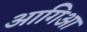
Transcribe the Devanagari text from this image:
आगिआ